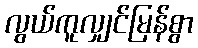
လွယ်ကူလျှင်မြန်စွာ